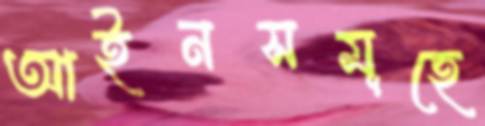
আইনসমূহে